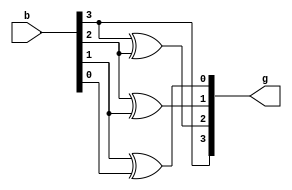
`timescale 1ns / 1ps

//Implementaion of 4bit Binary to Gray by using Structural Modelling
module Binary_to_Gray(
    input [3:0] b,       //Input declaration
    output [3:0] g       //output declaration
    );
 xor A1(g[0],b[1],b[0]); 
 xor A2(g[1],b[2],b[1]); 
 xor A3(g[2],b[3],b[2]);
 buf A4(g[3],b[3]);
endmodule